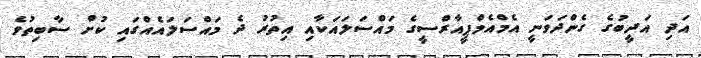
އަދި އަދީބުގެ ގެންދަވަނީ އެމްއެމްޕީއާރްސީގެ މައްސަލައަކާއި އިތުރު ދެ މައްސަލައެއްގައި ކުށް ސާބިތުވެ